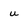
Character: u